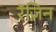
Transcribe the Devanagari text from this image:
रॅज़िन